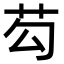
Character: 芶